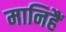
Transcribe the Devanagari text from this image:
मानिहैं